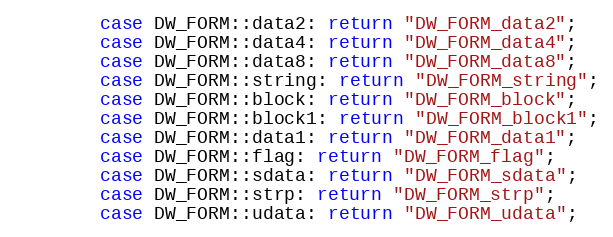
Language: C++
        case DW_FORM::data2: return "DW_FORM_data2";
        case DW_FORM::data4: return "DW_FORM_data4";
        case DW_FORM::data8: return "DW_FORM_data8";
        case DW_FORM::string: return "DW_FORM_string";
        case DW_FORM::block: return "DW_FORM_block";
        case DW_FORM::block1: return "DW_FORM_block1";
        case DW_FORM::data1: return "DW_FORM_data1";
        case DW_FORM::flag: return "DW_FORM_flag";
        case DW_FORM::sdata: return "DW_FORM_sdata";
        case DW_FORM::strp: return "DW_FORM_strp";
        case DW_FORM::udata: return "DW_FORM_udata";